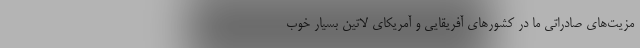
مزیت‌های صادراتی ما در کشورهای آفریقایی و آمریکای لاتین بسیار خوب